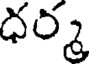
ధర్మ